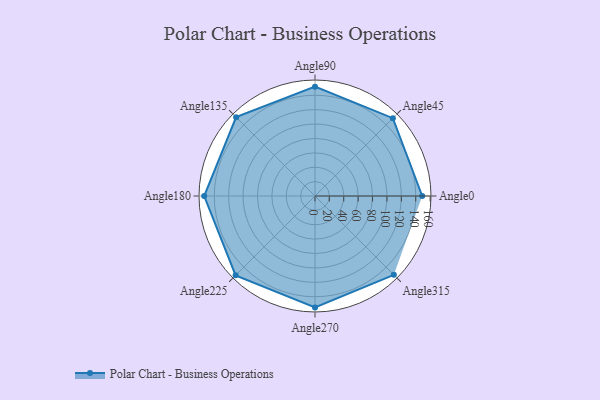
{"axis": {"x": "Angle", "y": "Radius"}, "legend": [""], "data": [{"x": "Angle0", "y": 149.0, "type": ""}, {"x": "Angle45", "y": 153.0, "type": ""}, {"x": "Angle90", "y": 152.0, "type": ""}, {"x": "Angle135", "y": 155.0, "type": ""}, {"x": "Angle180", "y": 154.0, "type": ""}, {"x": "Angle225", "y": 156.0, "type": ""}, {"x": "Angle270", "y": 155.0, "type": ""}, {"x": "Angle315", "y": 155.0, "type": ""}]}